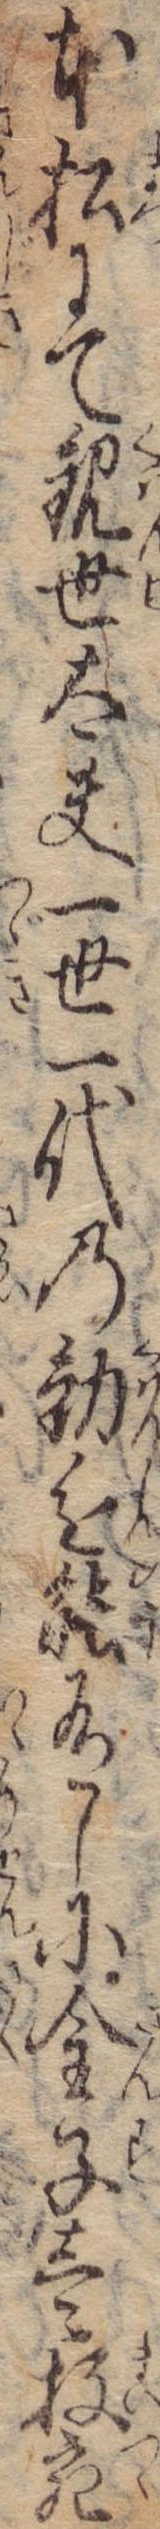
本松にて観世太夫一世一代の勧進能有しに金子壱枚宛